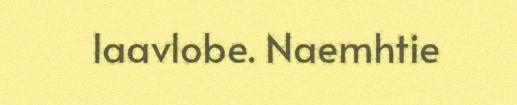
laavlobe. Naemhtie